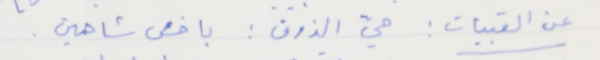
عن القبيات: حيّ الذوق: باخسَ شاهين.